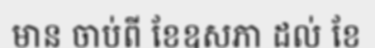
មាន ចាប់ពី ខែឧសភា ដល់ ខែ